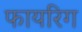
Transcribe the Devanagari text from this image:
फायरिग